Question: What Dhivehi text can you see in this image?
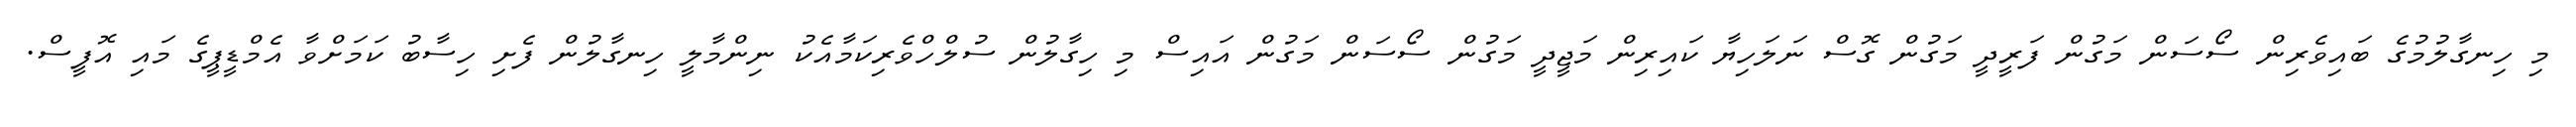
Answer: މި ހިނގާލުމުގެ ބައިވެރިން ސޯސަން މަގުން ފަރީދީ މަގުން ގޮސް ނަލަހިޔާ ކައިރިން މަޖީދީ މަގުން ސޯސަން މަގުން އައިސް މި ހިގާލުން ސުލްހްވެރިކަމާއެކު ނިންމާލީ ހިނގާލުން ފެށި ހިސާބު ކަމަށްވާ އެމްޑީޕީގެ މައި އޮފީސް.